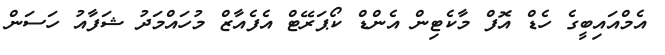
އެމްއައިބީގެ ހެޑް އޮފް މާކެޓިން އެންޑް ކޯޕަރޭޓް އެފެއާޒް މުހައްމަދު ޝަފާއު ހަސަން